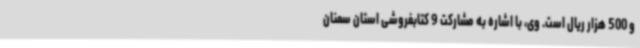
و 500 هزار ریال است. وی، با اشاره به مشارکت 9 کتابفروشی استان سمنان